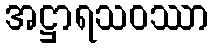
အဋ္ဌာရသဝဿာ